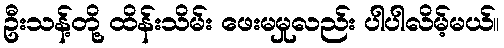
ဦးသန့်တို့ ထိန်းသိမ်း ဖေးမမှုလည်း ပါပါလိမ့်မယ်။